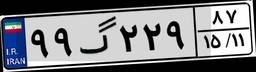
۷۶گ۷۲۸۶۶